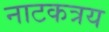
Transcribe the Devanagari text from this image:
नाटकत्रय